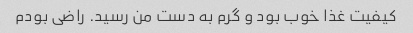
کیفیت غذا خوب بود و گرم به دست من رسید. راضی بودم